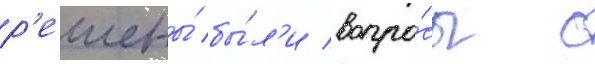
р'ешены́ бы́л'и вопро́сы с